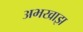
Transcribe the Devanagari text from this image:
अभखाझ